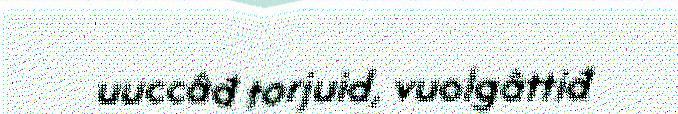
uuccâđ torjuid, vuolgâttiđ